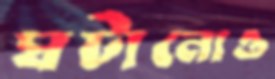
ঘটানোও